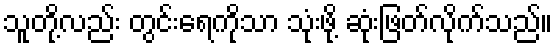
သူတို့လည်း တွင်းရေကိုသာ သုံးဖို့ ဆုံးဖြတ်လိုက်သည်။